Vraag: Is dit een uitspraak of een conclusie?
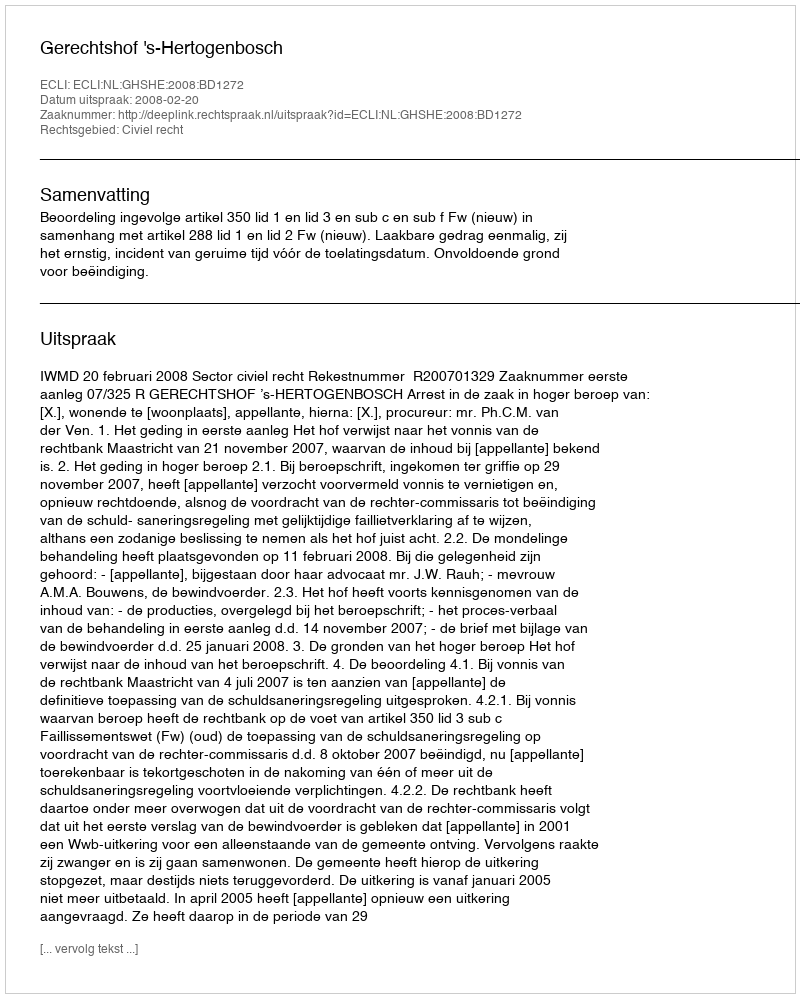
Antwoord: Uitspraak